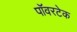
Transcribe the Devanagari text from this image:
पॉवरटेक